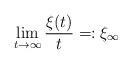
LaTeX: \begin{align*} \lim_{t\rightarrow \infty} \frac{\xi(t)}{t} =: \xi_{\infty} \end{align*}